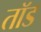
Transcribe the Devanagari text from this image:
तॉड